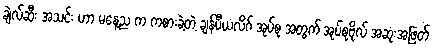
ချဲလ်ဆီး အသင်း ဟာ မနေ့ည က ကစားခဲ့တဲ့ ချန်ပီယံလိဂ် အုပ်စု အတွက် အုပ်စုဗိုလ် အဆုံးအဖြတ်